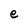
Character: e